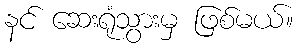
နင် ဆေးရုံသွားမှ ဖြစ်မယ်။